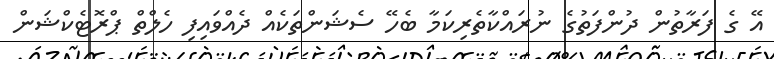
އޭ ގެ ފަރާތުން ދުންފަތުގެ ނުރައްކާތެރިކަމާ ބެހޭ ސެޝަންތަކެއް ދެއްވައިފި ހެލްތް ޕްރޮޓެކްޝަން